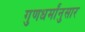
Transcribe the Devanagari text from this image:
गुणधर्मांनुसार